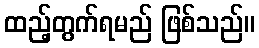
ထည့်တွက်ရမည် ဖြစ်သည်။